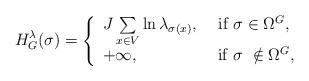
LaTeX: \begin{align*} H^{\lambda}_{G}(\sigma)=\left\{\begin{array}{ll} J \sum\limits_{x\in{V}}{\ln\lambda_{\sigma(x)},} \ \ \ $ if $ \sigma \in\Omega^G $,$ \\ +\infty ,\ \ \ \ \ \ \ \ \ \ \ \ \ $ \ if $ \sigma \ \notin \Omega^G $,$ \\\end{array}\right.\end{align*}